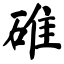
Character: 碓